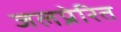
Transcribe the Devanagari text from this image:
जलप्रेरित